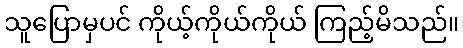
သူပြောမှပင် ကိုယ့်ကိုယ်ကိုယ် ကြည့်မိသည်။